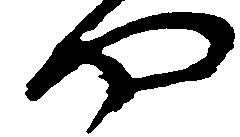
や